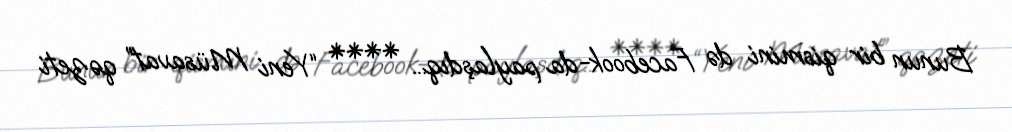
Bunun bir qismini də Facebook-da paylaşdıq... **** “Yeni Müsavat” qəzeti